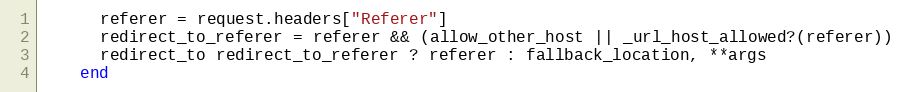
Language: Ruby
      referer = request.headers["Referer"]
      redirect_to_referer = referer && (allow_other_host || _url_host_allowed?(referer))
      redirect_to redirect_to_referer ? referer : fallback_location, **args
    end